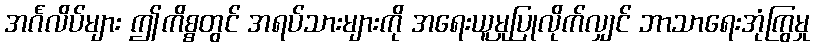
အင်္ဂလိပ်များ ဤကိစ္စတွင် အရပ်သားများကို အရေးယူမှုပြုလိုက်လျှင် ဘာသာရေးအုံကြွမှု